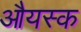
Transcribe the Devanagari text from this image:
औयस्क